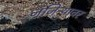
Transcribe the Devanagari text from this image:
जंजिऱ्यावर